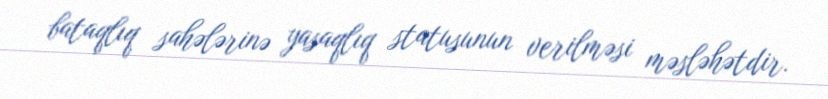
bataqlıq sahələrinə yasaqlıq statusunun verilməsi məsləhətdir.